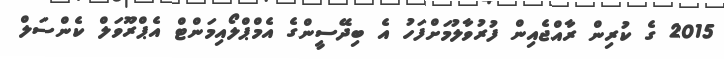
2015 ގެ ކުރިން ރާއްޖެއިން ފުރުވާލުމަށްފަހު އެ ބިދޭސީންގެ އެމްޕްލޯއިމަންޓް އެޕްރޫވަލް ކެންސަލް